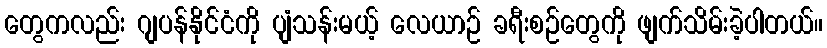
တွေကလည်း ဂျပန်နိုင်ငံကို ပျံသန်းမယ့် လေယာဉ် ခရီးစဉ်တွေကို ဖျက်သိမ်းခဲ့ပါတယ်။